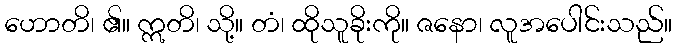
ဟောတိ၊ ၏။ ဣတိ၊ သို့။ တံ၊ ထိုသူခိုးကို။ ဇနော၊ လူအပေါင်းသည်။